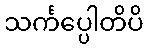
သင်္ကပ္ပေါတိပိ